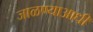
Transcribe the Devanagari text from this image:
जाळण्याआधी